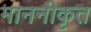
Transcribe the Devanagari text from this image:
माननीकृत